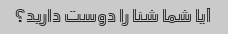
آیا شما شنا را دوست دارید؟